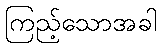
ကြည့်သောအခါ